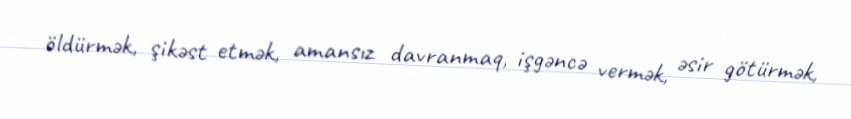
öldürmək, şikəst etmək, amansız davranmaq, işgəncə vermək, əsir götürmək,